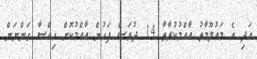
އަދި އެ މައުލޫމާތު އާއްމުކުރާތާ 14 ދުވަސް ފަހުން އާއްމުކޮށް ހިއްސާ ގަންނަން